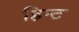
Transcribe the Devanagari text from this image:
हिन्ट